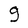
Character: g